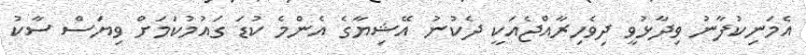
އެމަނިކުފާނު ވިދާޅުވީ ދިވެހިރާއްޖެއަކީ ދެކުނު އޭޝިޔާގެ އެންމެ ކުޑަ ގައުމުކަމަށް ވިޔަސް ސާކު